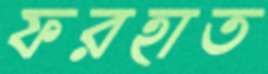
ফরহাত